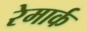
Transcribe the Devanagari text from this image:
रेमार्क